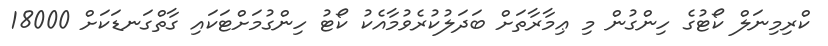
ކްރިމިނަލް ކޯޓުގެ ހިންގުން މި ޢިމާރާތަށް ބަދަލުކުރެވުމާއެކު ކޯޓު ހިންގުމަށްޓަކައި ގާތްގަނޑަކަށް 18000